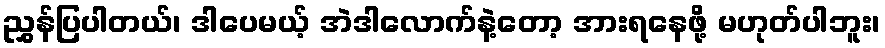
ညွှန်ပြပါတယ်၊ ဒါပေမယ့် အဲဒါလောက်နဲ့တော့ အားရနေဖို့ မဟုတ်ပါဘူး၊